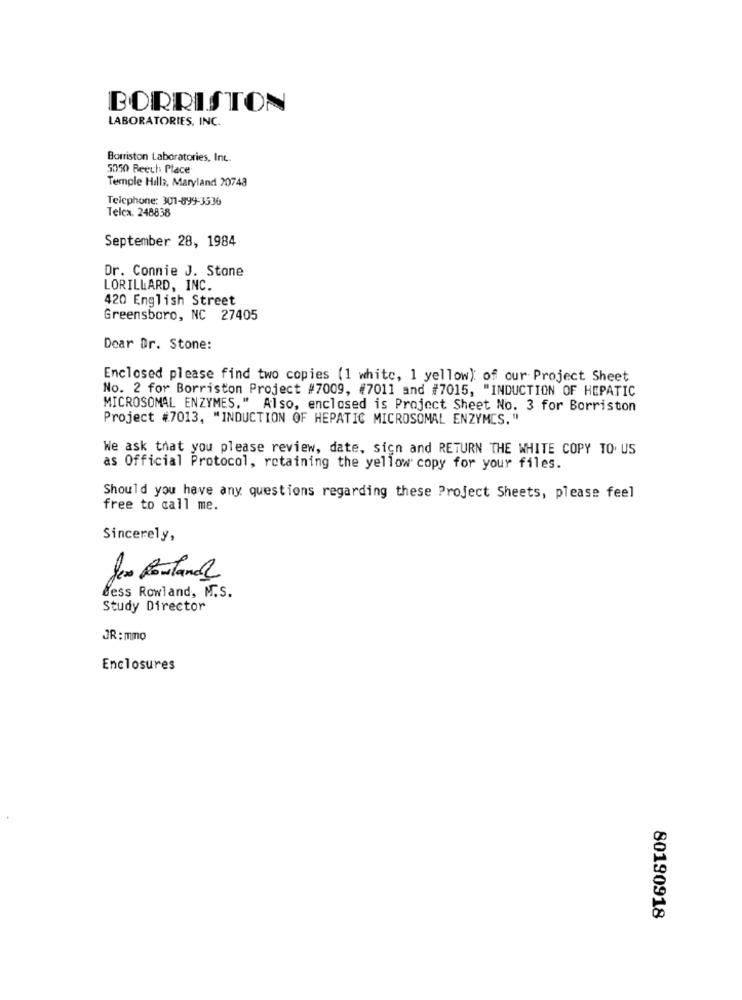
BORRISTON
LABORATORIES, INC.
Borriston Laboratories, Inc.
5050 Beech Place
Temple Hilla, Maryland 20748
Telephone: 301-899-3536
Telca. 248858
September 28, 1984
Dr. Connie J. Stone
LORILLARD, INC.
420 English Street
Greensboro, NC 27405
Dear Dr. Stone:
Enclosed please find two copies (1 white, 1 yellow); of our Project Sheet
No. 2 for Borriston Project #7009, #7011 and #7015, "INDUCTION OF HEPATIC
MICROSOMAL ENZYMES," Also, enclosed is Project Sheet No. 3 for Borriston
Project #7013, "INDUCTION OF HEPATIC MICROSOMAL ENZYMES. "
We ask that you please review, date, sign and RETURN THE WHITE COPY TO. US
as Official Protocol, retaining the yellow copy for your files.
Should you have any questions regarding these Project Sheets, please feel
free to call me.
Sincerely,
Jes Rowland
dess Rowland, M.S.
Study Director
JR: mmo
Enclosures
80190918